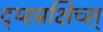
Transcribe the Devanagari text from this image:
द्य्स्प्रक्षिच्स्